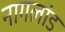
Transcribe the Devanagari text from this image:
नागलांड